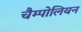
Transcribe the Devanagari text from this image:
चैम्पोलियन